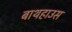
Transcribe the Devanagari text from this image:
बाथहाउस